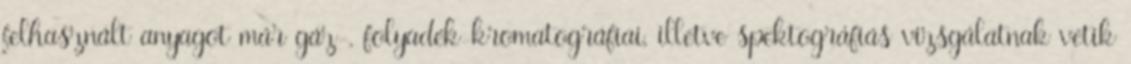
felhasznált anyagot már gáz-, folyadék-kromatográfiai, illetve spektográfiás vizsgálatnak vetik